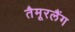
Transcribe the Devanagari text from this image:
तैमूरलैंग